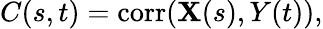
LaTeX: C(s,t)=\operatorname{corr}(\mathbf{X}(s),Y(t)),